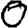
Digit: 0